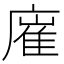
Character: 𢊛